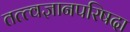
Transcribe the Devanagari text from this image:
तत्त्वज्ञानपरिषदा